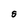
Character: S